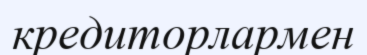
кредиторлармен